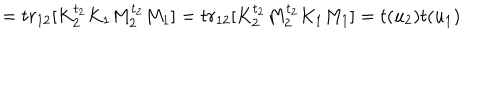
= t r _ { 1 2 } [ K _ { 2 } ^ { t _ { 2 } } K _ { 1 } M _ { 2 } ^ { t _ { 2 } } M _ { 1 } ] = t r _ { 1 2 } [ K _ { 2 } ^ { t _ { 2 } } M _ { 2 } ^ { t _ { 2 } } K _ { 1 } M _ { 1 } ] = t ( u _ { 2 } ) t ( u _ { 1 } )